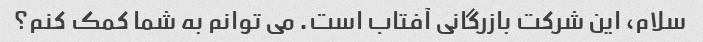
سلام، این شرکت بازرگانی آفتاب است. می توانم به شما کمک کنم؟